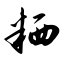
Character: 粞